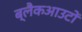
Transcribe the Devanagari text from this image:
ब्लैकआउटों